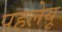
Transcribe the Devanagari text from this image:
पहलेयू